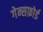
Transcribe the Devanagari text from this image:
गेन्सफ़ोर्ड